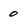
Character: 0